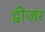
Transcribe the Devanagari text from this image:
ट्वीजर